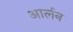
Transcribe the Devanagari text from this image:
आर्लन